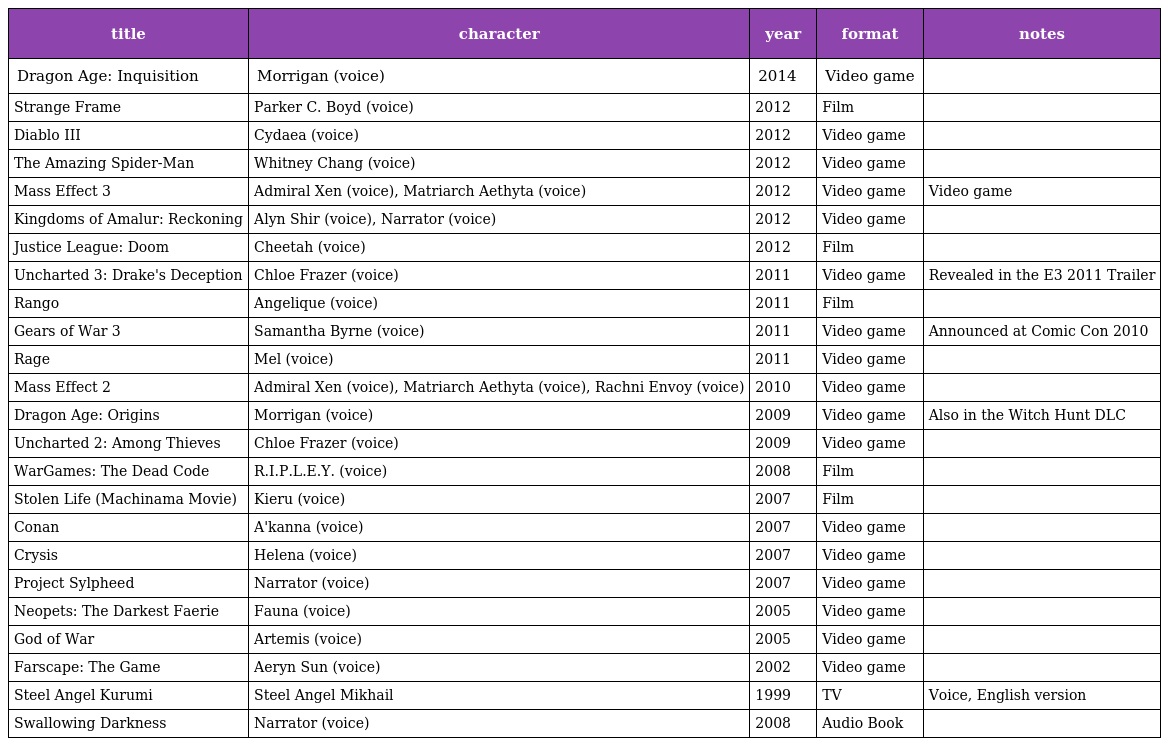
| title | character | year | format | notes |
 | --- | --- | --- | --- | --- |
 | Dragon Age: Inquisition | Morrigan (voice) | 2014 | Video game |  |
 | Strange Frame | Parker C. Boyd (voice) | 2012 | Film |  |
 | Diablo III | Cydaea (voice) | 2012 | Video game |  |
 | The Amazing Spider-Man | Whitney Chang (voice) | 2012 | Video game |  |
 | Mass Effect 3 | Admiral Xen (voice), Matriarch Aethyta (voice) | 2012 | Video game | Video game |
 | Kingdoms of Amalur: Reckoning | Alyn Shir (voice), Narrator (voice) | 2012 | Video game |  |
 | Justice League: Doom | Cheetah (voice) | 2012 | Film |  |
 | Uncharted 3: Drake's Deception | Chloe Frazer (voice) | 2011 | Video game | Revealed in the E3 2011 Trailer |
 | Rango | Angelique (voice) | 2011 | Film |  |
 | Gears of War 3 | Samantha Byrne (voice) | 2011 | Video game | Announced at Comic Con 2010 |
 | Rage | Mel (voice) | 2011 | Video game |  |
 | Mass Effect 2 | Admiral Xen (voice), Matriarch Aethyta (voice), Rachni Envoy (voice) | 2010 | Video game |  |
 | Dragon Age: Origins | Morrigan (voice) | 2009 | Video game | Also in the Witch Hunt DLC |
 | Uncharted 2: Among Thieves | Chloe Frazer (voice) | 2009 | Video game |  |
 | WarGames: The Dead Code | R.I.P.L.E.Y. (voice) | 2008 | Film |  |
 | Stolen Life (Machinama Movie) | Kieru (voice) | 2007 | Film |  |
 | Conan | A'kanna (voice) | 2007 | Video game |  |
 | Crysis | Helena (voice) | 2007 | Video game |  |
 | Project Sylpheed | Narrator (voice) | 2007 | Video game |  |
 | Neopets: The Darkest Faerie | Fauna (voice) | 2005 | Video game |  |
 | God of War | Artemis (voice) | 2005 | Video game |  |
 | Farscape: The Game | Aeryn Sun (voice) | 2002 | Video game |  |
 | Steel Angel Kurumi | Steel Angel Mikhail | 1999 | TV | Voice, English version |
 | Swallowing Darkness | Narrator (voice) | 2008 | Audio Book |  |